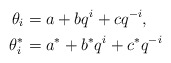
\begin{align*}\theta_i & = a + bq^i + cq^{-i}, \\\theta^*_i & = a^* + b^*q^i + c^*q^{-i} \end{align*}